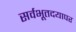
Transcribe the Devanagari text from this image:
सर्वभूतदयापर